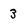
Character: 3